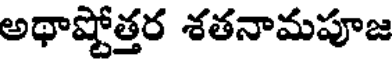
అథాష్టోత్తర శతనామపూజ